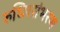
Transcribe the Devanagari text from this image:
रुधिरसंभरण